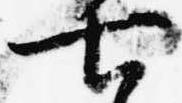
七